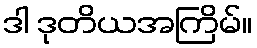
ဒါ ဒုတိယအကြိမ်။